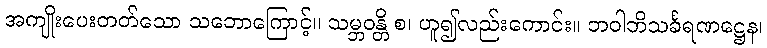
အကျိုးပေးတတ်သော သဘောကြောင့်။ သမ္ဘဝန္တိ စ၊ ဟူ၍လည်းကောင်း။ ဘဝါဘိသင်္ခရဏဋ္ဌေန၊